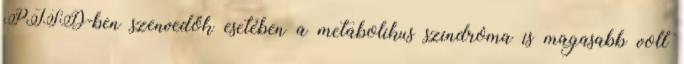
PTSD-ben szenvedők esetében a metabolikus szindróma is magasabb volt